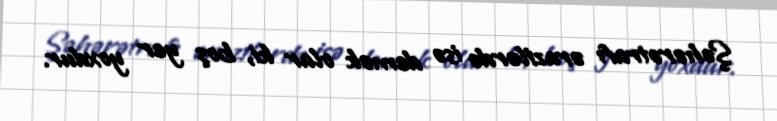
Şəhərətrafı ərazilərdə isə demək olar ki, boş yer yoxdur.